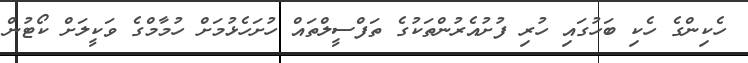
ހެކިންގެ ހެކި ބަހުގައި ހުރި ފުށުއެރުންތަކުގެ ތަފްސީލްތައް ހުށަހެޅުމަށް ހުމާމްގެ ވަކީލަށް ކޯޓުން